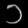
Digit: ၁